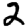
Digit: 2